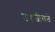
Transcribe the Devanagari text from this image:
उमाजीराजे